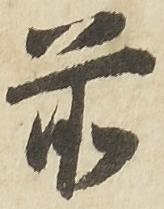
前